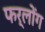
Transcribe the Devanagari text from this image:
फर्लोंग